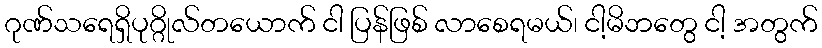
ဂုဏ်သရေရှိပုဂ္ဂိုလ်တယောက် ငါ ပြန်ဖြစ် လာစေရမယ်၊ ငါ့မိဘတွေ ငါ့ အတွက်